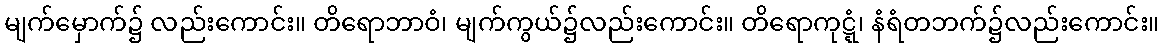
မျက်မှောက်၌ လည်းကောင်း။ တိရောဘာဝံ၊ မျက်ကွယ်၌လည်းကောင်း။ တိရောကုဋ္ဋံ၊ နံရံတဘက်၌လည်းကောင်း။